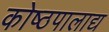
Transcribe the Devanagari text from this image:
कोष्ठपालाद्य